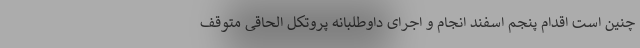
چنین است اقدام پنجم اسفند انجام و اجرای داوطلبانه پروتکل الحاقی متوقف